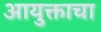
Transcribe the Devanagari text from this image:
आयुक्ताचा